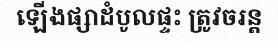
ឡើងផ្សាដំបូលផ្ទះ ត្រូវចរន្ត